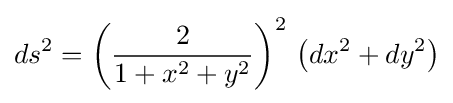
ds^{2}=\left({\frac {2}{1+x^{2}+y^{2}}}\right)^{2}\,\left(dx^{2}+dy^{2}\right)